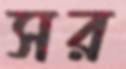
সর